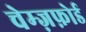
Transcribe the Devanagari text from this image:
चेम्ज़फ़ोर्ड